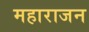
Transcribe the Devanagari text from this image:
महाराजन